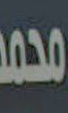
محمد